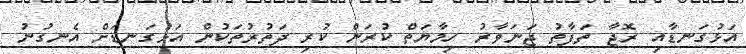
އަޅުގަނޑާއި ރޮޖާ ތަފާތު ޖަނަވާރު ހިމާޔަތް ކުރަން ކުރި ދަތުރުތަކުން އަޅުގަނޑަށް އެނގުނު